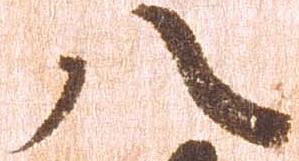
八